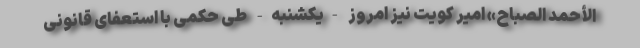
الأحمد الصباح» امیر کویت نیز امروز -یکشنبه- طی حکمی با استعفای قانونی